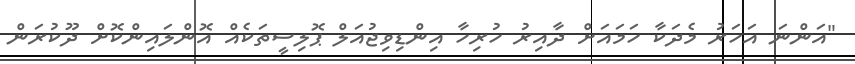
"އަންނަ އަހަރު މެދަކާ ހަމައަށް ދާއިރު ހުރިހާ އިންޑިވިޖުއަލް ޕޮލިސީތަކެއް އޮންލައިންކޮށް ދޫކުރަން